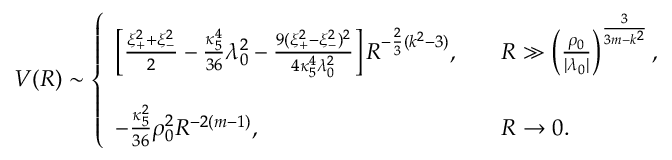
V ( R ) \sim \left\{ \begin{array} { l l l } { { \left[ { \frac { \xi _ { + } ^ { 2 } + \xi _ { - } ^ { 2 } } { 2 } } - { \frac { \kappa _ { 5 } ^ { 4 } } { 3 6 } } \lambda _ { 0 } ^ { 2 } - { \frac { 9 ( \xi _ { + } ^ { 2 } - \xi _ { - } ^ { 2 } ) ^ { 2 } } { 4 \kappa _ { 5 } ^ { 4 } \lambda _ { 0 } ^ { 2 } } } \right] R ^ { - { \frac { 2 } { 3 } } ( k ^ { 2 } - 3 ) } , } } & { { } } & { { R \gg \left( { \frac { \rho _ { 0 } } { | \lambda _ { 0 } | } } \right) ^ { \frac { 3 } { 3 m - k ^ { 2 } } } , } } \\ { { } } & { { } } & { { } } \\ { { - { \frac { \kappa _ { 5 } ^ { 2 } } { 3 6 } } \rho _ { 0 } ^ { 2 } R ^ { - 2 ( m - 1 ) } , } } & { { } } & { { R \rightarrow 0 . } } \end{array} \right.